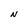
Character: N